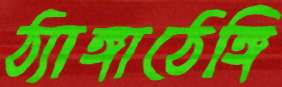
ঠ্যাঙ্গাঠেঙ্গি